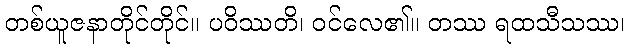
တစ်ယူဇနာတိုင်တိုင်။ ပဝိဿတိ၊ ဝင်လေ၏။ တဿ ရထသီသဿ၊